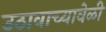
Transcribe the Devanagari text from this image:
उठावाच्यावेळी